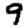
Digit: 9